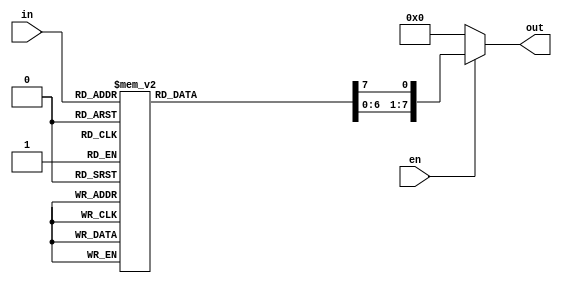
`timescale 1ns / 1ps
//////////////////////////////////////////////////////////////////////////////////
// Company: 
// Engineer: 
// 
// Design Name: 
// Module Name: decoder3x8_casez
// Project Name: 
// Target Devices: 
// Tool Versions: 
// Description: 
// 
// Dependencies: 
// 
// Revision:
// Revision 0.01 - File Created
// Additional Comments:
// 
//////////////////////////////////////////////////////////////////////////////////


module decoder3x8_casez(input [2:0]in,input en,output reg[7:0]out);
always @( in or en)
	begin
      if (en) 
        begin
          out=8'd0;
          casez (in)
              3'b000: out[0]=1'b1;
              3'b001: out[1]=1'b1;
              3'b010: out[2]=1'b1;
              3'b011: out[3]=1'b1;
              3'b100: out[4]=1'b1;
              3'b101: out[5]=1'b1;
              3'b110: out[6]=1'b1;
              3'b111: out[7]=1'b1;
              3'b???: out=1'b0;
              default: out=8'd0;
          endcase
      end
else 
out=3'd0;
end
endmodule